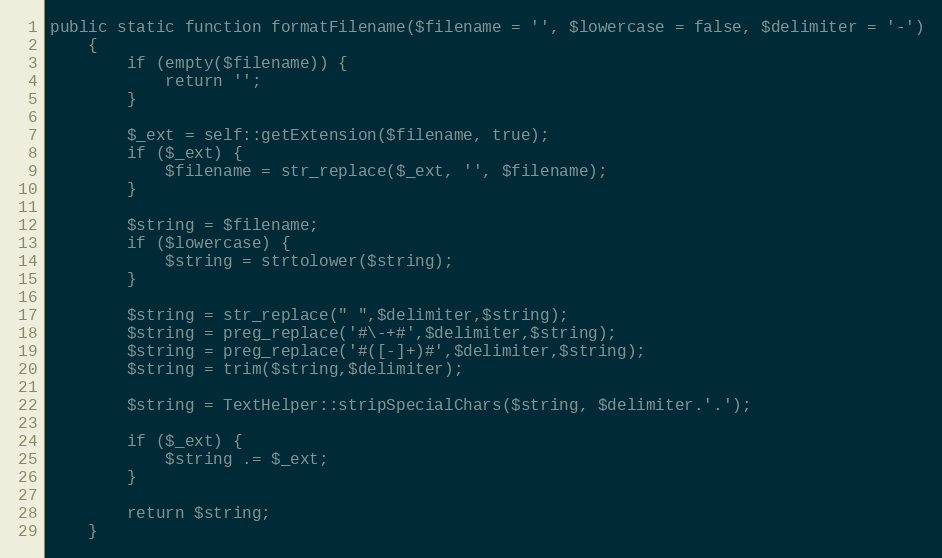
Language: PHP
public static function formatFilename($filename = '', $lowercase = false, $delimiter = '-')
    {
        if (empty($filename)) {
            return '';
        }

        $_ext = self::getExtension($filename, true);
        if ($_ext) {
            $filename = str_replace($_ext, '', $filename);
        }

        $string = $filename;
        if ($lowercase) {
            $string = strtolower($string);
        }

        $string = str_replace(" ",$delimiter,$string);
        $string = preg_replace('#\-+#',$delimiter,$string);
        $string = preg_replace('#([-]+)#',$delimiter,$string);
        $string = trim($string,$delimiter);

        $string = TextHelper::stripSpecialChars($string, $delimiter.'.');

        if ($_ext) {
            $string .= $_ext;
        }

        return $string;
    }